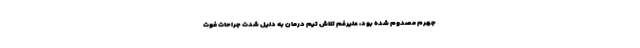
جهرم مصدوم شده بود، علیرغم تلاش‌ تیم درمان به دلیل شدت جراحات فوت